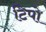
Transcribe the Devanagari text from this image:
टिपो